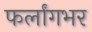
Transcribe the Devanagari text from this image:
फर्लांगभर